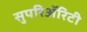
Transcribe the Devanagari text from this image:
सुपरिअॅरिटी